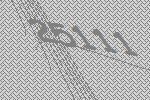
25111